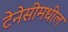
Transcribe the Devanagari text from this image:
टेनेसीमधील